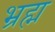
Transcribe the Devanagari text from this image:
भ्रह्म